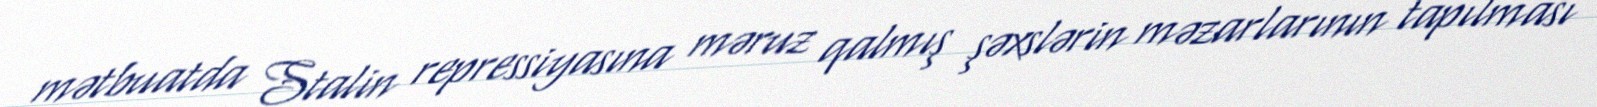
mətbuatda Stalin repressiyasına məruz qalmış şəxslərin məzarlarının tapılması